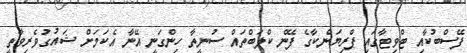
ފޭސްބުކާއި ޓްވިޓާގައި ޕްރިޔަންކާގެ ފޭން ކްލަބްތައް ސުނީތާ ހިންގަނީ އޭނާ އެކަމަށް ޝައުގުވެރިވާތީ